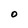
Character: O